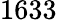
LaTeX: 1633